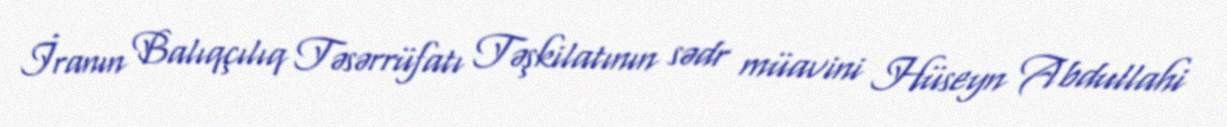
İranın Balıqçılıq Təsərrüfatı Təşkilatının sədr müavini Hüseyn Abdullahi